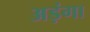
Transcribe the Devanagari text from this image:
अड़ंगा